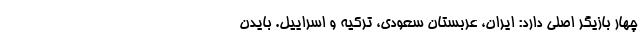
چهار بازیگر اصلی دارد: ایران، عربستان سعودی، ترکیه و اسراییل. بایدن